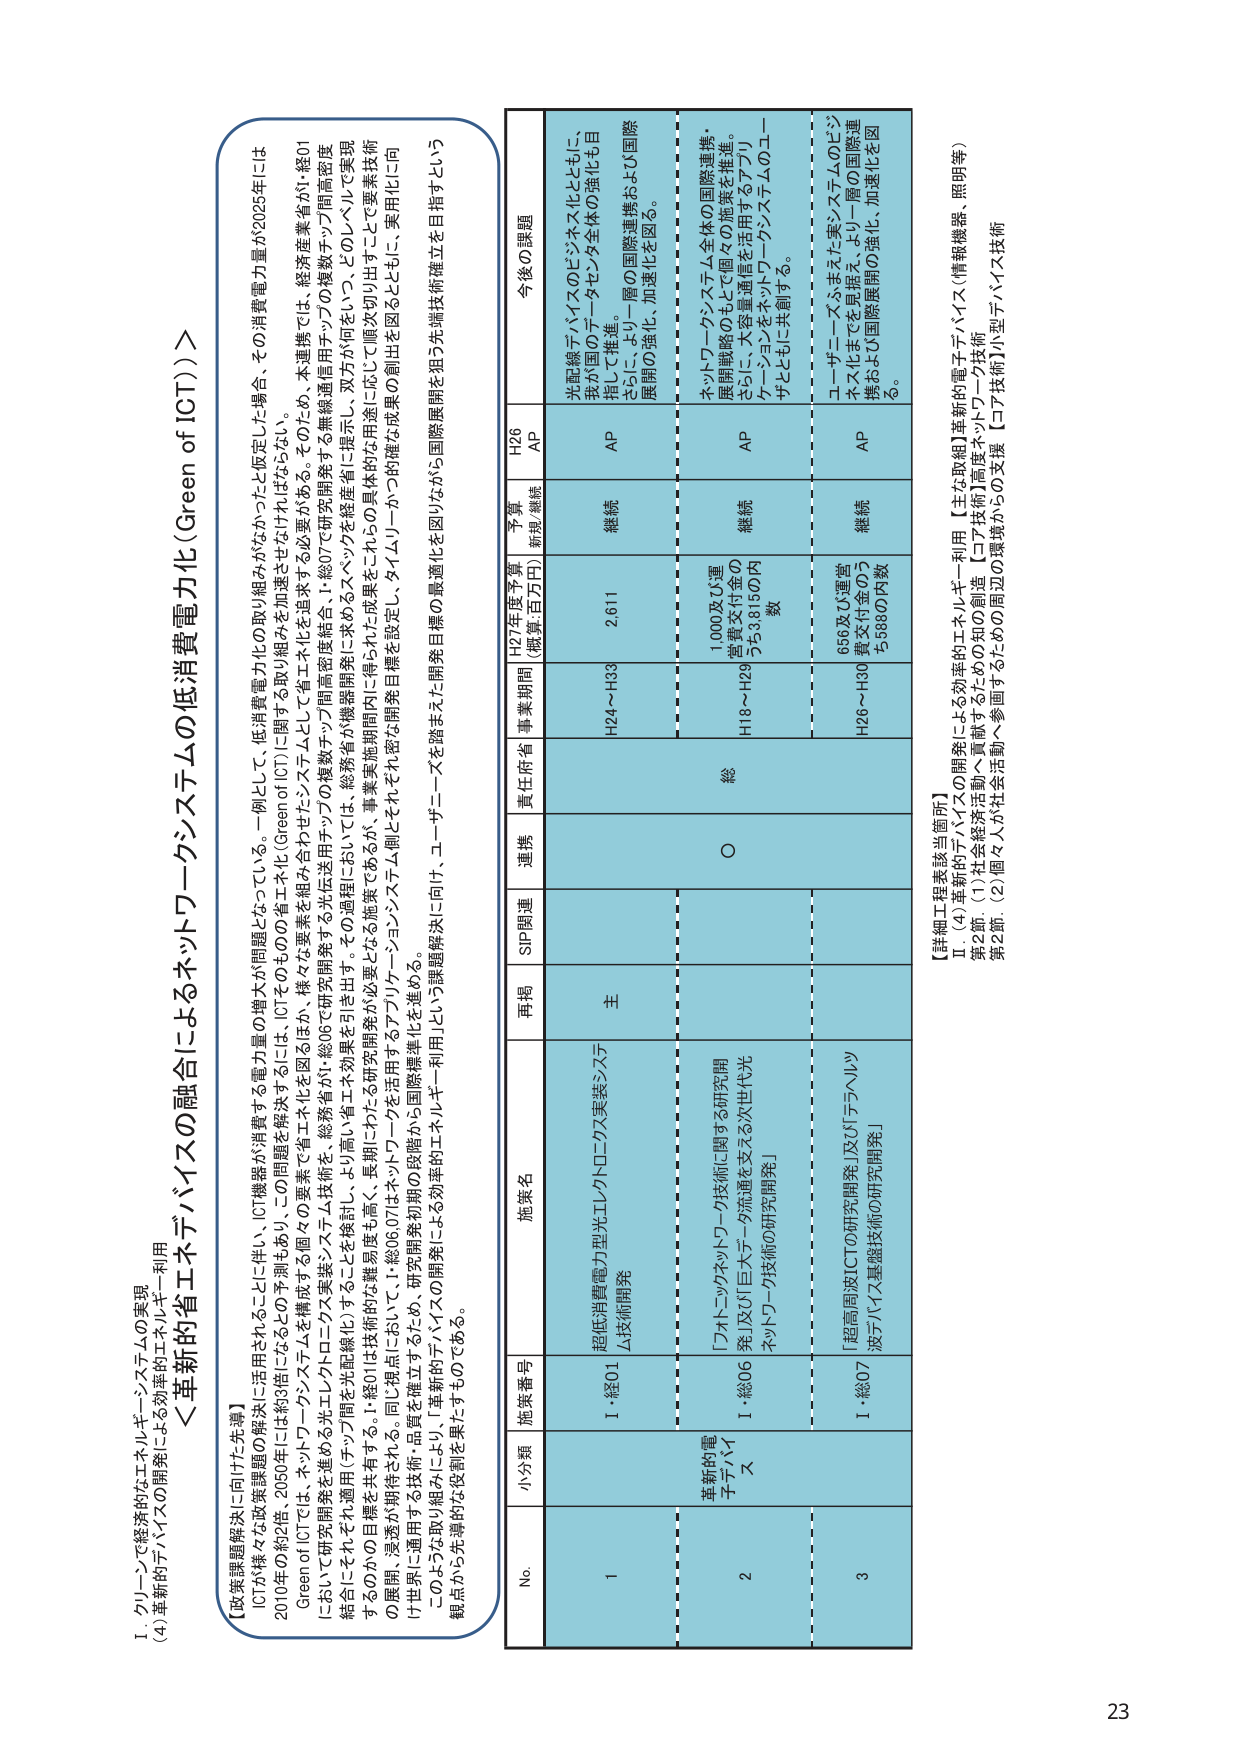
I. グリーンで経済的なエネルギーシステムの実現
(4) 革新的デバイスの開発による効率的エネルギー利用

＜革新的省エネデバイスの融合によるネットワークシステムの低消費電力化（Green of ICT）＞

【政策課題解決に向けた先導】
ICTが様々な政策課題の解決に活用されることは伴い、ICT機器が消費する電力量の増大が問題となっている。一例として、低消費電力化の取り組みがなされたと仮定した場合、その消費電力量が2025年には2010年の約2倍、2050年には約3倍になるとの予測もあり、この問題を解決するには、ICTそのものの省エネ化（Green of ICT）に関する取り組みを加速させなければならない。
Green of ICTには、ネットワーク・ワーカンスを構成する個々の要素で省エネ化を図るほか、様々な要素を組み合わせたシステムとして省エネ化を追求する必要がある。そのため、本連携では、経済産業省が「総01 に於いて研究開発を進める光エレクトロニクス実装システム技術を、総務省が研究開発する光伝送用チップの複数チップ間高密度結合、1.総07で研究開発する無線通信用チップの複数チップ間高密度 結合にそれぞれ適用（チップ間を光配線化）することを検討し、より高い省エネ効果を引き出す。その過程においては、総務省が機器開発に求められるベンダを経産省に提示し、双方が知り合い、トゥルーレベルで実現 するための目標を共有する。1.総01は技術的な難易度も高く、長期にわたる研究開発が必要となる施策であるが、事業実施期間内に得られた成果をこれらの具体的な用途に応じて順次利活用することで要素技術 の展開・浸透が期待される。同じ様点において、1.総06.07はネットワークを活用するアプリケーションシステム側にそれぞれ密な開発目標を設定し、タイムリーように確実な成果の創出を図るとともに、実用化に向け世界に通用する技術・品質を確立するため、研究開発初期の段階から国際標準化を進める。
このような取り組みにより、革新的デバイスの開発による効率的エネルギー利用という課題解決に向け、ユーザーを踏まえた開発目標の最適化を図りながら国際展開を狙う先端技術確立を目指すという 観点から先導的な役割を果たすものである。

No. 小分類 施策番号 施策名 再掲 SIP関連 連携 責任府省 事業期間 H27年度予算 （概算:百万円） 予算 新規/継続 H26 AP 今後の課題

1 革新的電子デバイス I・総01 超低消費電力型光エレクトロニクス実装システム技術開発 主 ○ 総 H24～H33 2,611 継続 AP 光配線デバイスのビジネス化とともに、我が国のデータセンタ全体の強化を目指して推進。 さらに、より一層の国際連携および国際展開の強化、加速化を図る。

2 I・総06 「フォトニックネットワーク技術に関する研究開発」及び「巨大データ流通を支える次世代光ネットワーク技術の研究開発」 1,000及び5運営費交付金のうち3,815百万円数 H18～H29 継続 AP ネットワークシステム全体の国際連携・展開戦略のもとで個々の施策を推進。 さらに、大容量通信を活用するアプリケーションをネットワークシステムのユーザとともに共創する。

3 I・総07 「超高周波ICTの研究開発」及び「チップレベル波デバイス基盤技術の研究開発」 656及び5運営費交付金のうち588百万円数 H26～H30 継続 AP ユーザニーズふまえた実システムのビジネス化までを見据え、より一層の国際連携および国際展開の強化、加速化を図る。

【詳細工程表該当箇所】
Ⅱ (4) 革新的デバイスの開発による効率的エネルギー利用【主な取組】革新的電子デバイス（情報機器・照明等）
第2節 (1) 社会経済活動へ貢献するための知の創造【コア技術】高度ネットワーク技術
第2節 (2) 個々人が社会活動へ参画するための周辺の環境からの支援【コア技術】小型デバイス技術

23